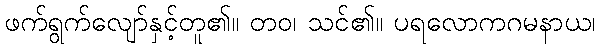
ဖက်ရွက်လျော်နှင့်တူ၏။ တဝ၊ သင်၏။ ပရလောကဂမနာယ၊